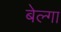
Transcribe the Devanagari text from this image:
बेल्गा